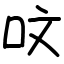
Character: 呅